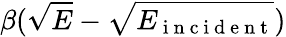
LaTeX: \beta(\sqrt{E}-\sqrt{E_{\mathrm{~i~n~c~i~d~e~n~t~}}})